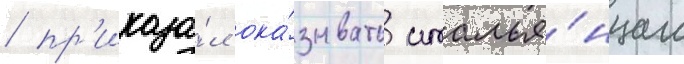
/ пр'иказа́л ока́зывать италья́нцам